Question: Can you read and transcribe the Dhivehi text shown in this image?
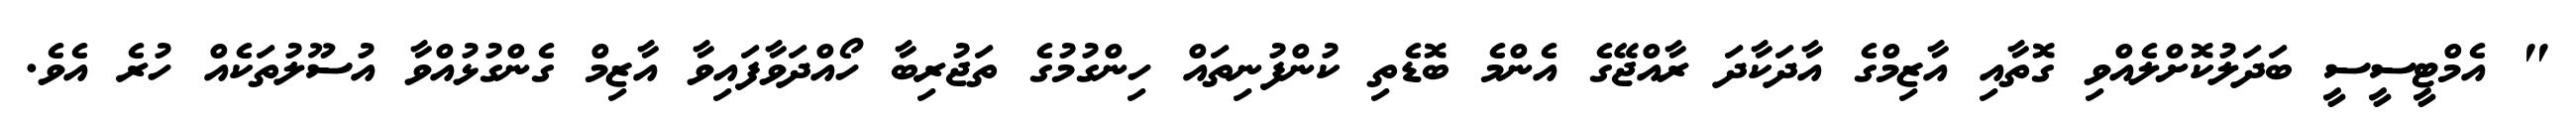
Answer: " އެމްޓީސީސީ ބަދަލުކޮށްލެއްވި ގޮތާއި އާޒިމްގެ އާދަކާދަ ރާއްޖޭގެ އެންމެ ބޮޑެތި ކުންފުނިތައް ހިންގުމުގެ ތަޖުރިބާ ހޯއްދަވާފައިވާ އާޒިމް ގެންގުޅުއްވާ އުސޫލުތަކެއް ހުރެ އެވެ.